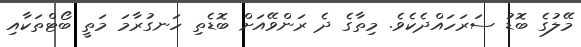
މޭލުގެ ބޮޑު ސަރަހައްދެކެވެ. މިތާގެ ދެ ރަންވޭއަށް ބޮޑެތި ހަނގުރާމަ މަތީ ބޯޓްތަކާއި